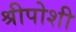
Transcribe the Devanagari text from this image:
श्रीपोशी